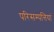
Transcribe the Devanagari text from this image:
परिसम्पत्तियां